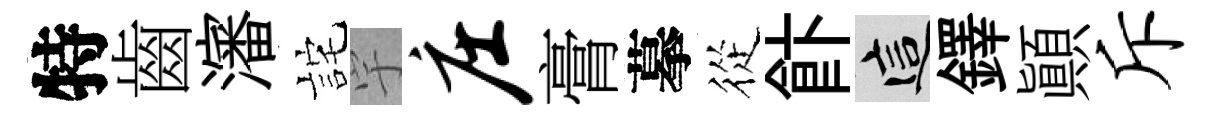
特齒瀋詫宇庄膏摹從飰這鐸顛斥